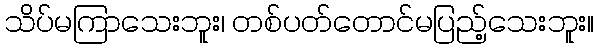
သိပ်မကြာသေးဘူး၊ တစ်ပတ်တောင်မပြည့်သေးဘူး။